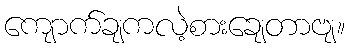
ကျောက်ချကလဲ့စားချေတာဗျ။